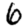
Digit: 6